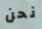
نحن